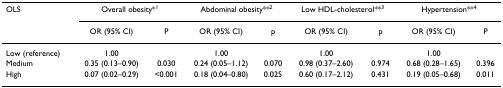
<table><thead><tr><td><b>OLS</b></td><td colspan="2"><b>Overall obesity*<sup>1</sup></b></td><td colspan="2"><b>Abdominal obesity**<sup>2</sup></b></td><td colspan="2"><b>Low HDL-cholesterol**<sup>3</sup></b></td><td colspan="2"><b>Hypertension**<sup>4</sup></b></td></tr><tr><td></td><td><b>OR (95% CI)</b></td><td><b>P</b></td><td><b>OR (95% CI)</b></td><td><b>p</b></td><td><b>OR (95% CI)</b></td><td><b>p</b></td><td><b>OR (95% CI)</b></td><td><b>P</b></td></tr></thead><tbody><tr><td>Low (reference)</td><td>1.00</td><td></td><td>1.00</td><td></td><td>1.00</td><td></td><td>1.00</td><td></td></tr><tr><td>Medium</td><td>0.35 (0.13–0.90)</td><td>0.030</td><td>0.24 (0.05–1.12)</td><td>0.070</td><td>0.98 (0.37–2.60)</td><td>0.974</td><td>0.68 (0.28–1.65)</td><td>0.396</td></tr><tr><td>High</td><td>0.07 (0.02–0.29)</td><td>&lt;0.001</td><td>0.18 (0.04–0.80)</td><td>0.025</td><td>0.60 (0.17–2.12)</td><td>0.431</td><td>0.19 (0.05–0.68)</td><td>0.011</td></tr></tbody></table>